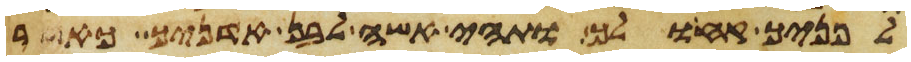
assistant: לפניך קח ולך ותהי אשה לבן אדניך כאשר